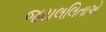
જયલલિતાએ